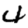
Digit: 4